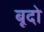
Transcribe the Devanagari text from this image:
बूदो